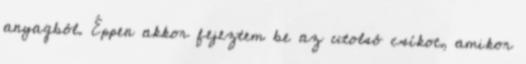
anyagból. Éppen akkor fejeztem be az utolsó csíkot, amikor